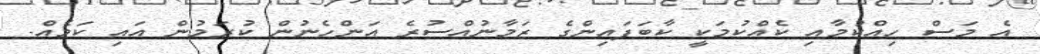
އެ މަސް ހިއްކުމާއި ކެއްކުމަކީ ކާބަފައިންގެ ޒަމާނުއްސުރެ އަންހެނުން ކުރަމުން އައި ކަމެއް.